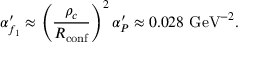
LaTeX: \alpha _ { f _ { 1 } } ^ { \prime } \approx \left( \frac { \rho _ { c } } { R _ { \mathrm { c o n f } } } \right) ^ { 2 } \alpha _ { P } ^ { \prime } \approx 0 . 0 2 8 \mathrm { ~ G e V } ^ { - 2 } .